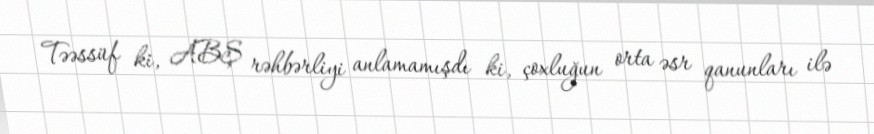
Təəssüf ki, ABŞ rəhbərliyi anlamamışdı ki, çoxluğun orta əsr qanunları ilə